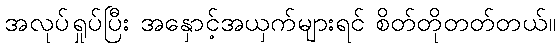
အလုပ်ရှုပ်ပြီး အနှောင့်အယှက်များရင် စိတ်တိုတတ်တယ်။